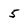
Character: 5